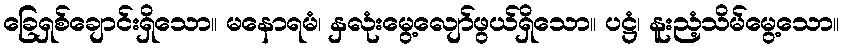
ခြေရှစ်ချောင်းရှိသော။ မနောရမံ၊ နှလုံးမွေ့လျော်ဖွယ်ရှိသော။ ပဋ္ဌံ၊ နူးညံ့သိမ်မွေ့သော။